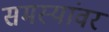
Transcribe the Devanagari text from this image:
समस्‍यांवर